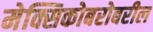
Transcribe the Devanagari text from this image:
मेक्सिकोबरोबरील